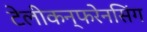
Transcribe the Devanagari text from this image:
टेलीकन्फरेनसिंग